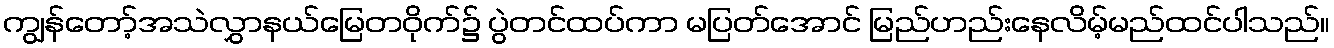
ကျွန်တော့်အသဲလွှာနယ်မြေတဝိုက်၌ ပွဲတင်ထပ်ကာ မပြတ်အောင် မြည်ဟည်းနေလိမ့်မည်ထင်ပါသည်။